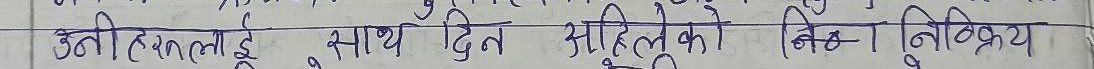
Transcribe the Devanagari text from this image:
उनीहरूलाई, साथै दिन महिलेको निश्चित निष्क्रिय